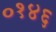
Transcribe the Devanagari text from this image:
०१४६